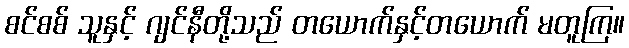
စင်စစ် သူနှင့် ဂျင်နီတို့သည် တယောက်နှင့်တယောက် မတူကြ။